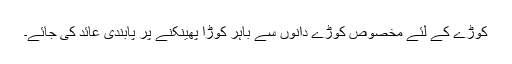
کوڑے کے لئے مخصوص کوڑے دانوں سے باہر کوڑا پھینکنے پر پابندی عائد کی جائے۔